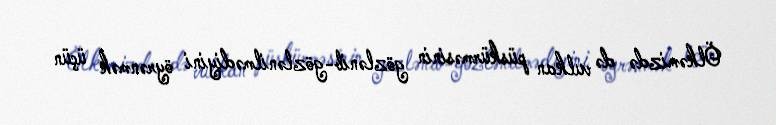
Ölkəmizdə də vulkan püskürməsinin gözlənib-gözlənilmədiyini öyrənmək üçün